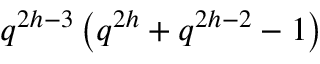
q ^ { 2 h - 3 } \left( q ^ { 2 h } + q ^ { 2 h - 2 } - 1 \right)